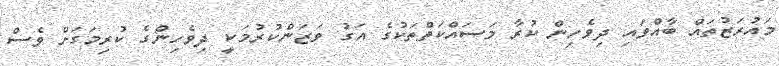
މައުރަޒުތައް ބާއްވައި ދިވެހިން ކުރާ މަސައްކަތްތަކުގެ އަގު ވަޒަންކުރުމަކީ ދިވެހިންގެ ކުރިމަގަށް ވެސް